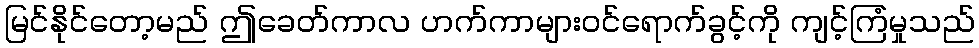
မြင်နိုင်တော့မည် ဤခေတ်ကာလ ဟက်ကာများဝင်ရောက်ခွင့်ကို ကျင့်ကြံမှုသည်